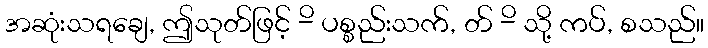
အဆုံးသရချေ, ဤသုတ်ဖြင့် -ိ ပစ္စည်းသက်, တ် -ိ သို့ ကပ်, စသည်။